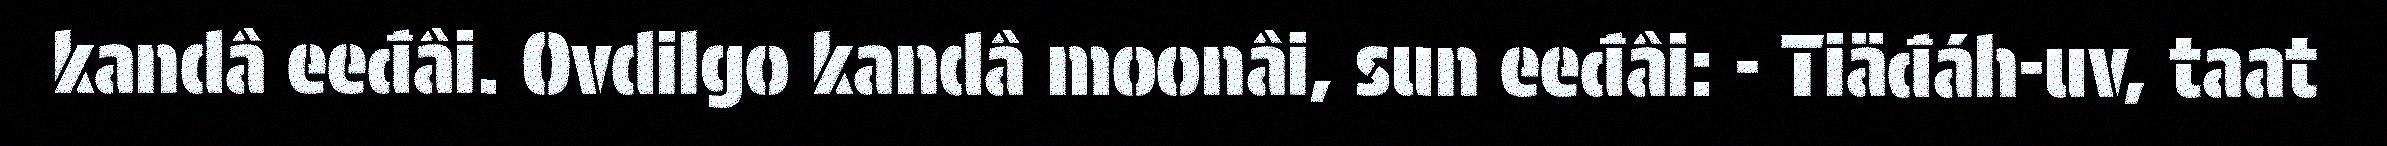
kandâ eeđâi. Ovdilgo kandâ moonâi, sun eeđâi: - Tiäđáh-uv, taat